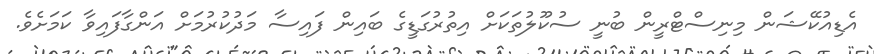
އެޑިއުކޭޝަން މިނިސްޓްރީން ބުނީ ސުކޫލުތަކަށް އިތުރުގަޑީގެ ބައިން ފައިސާ މަދުކުރުމަށް އަންގާފައިވާ ކަމަށެވެ.